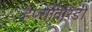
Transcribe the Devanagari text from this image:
हर्प्सविरिडी